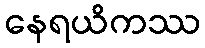
နေရယိကဿ